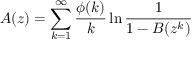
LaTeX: A ( z ) = \sum _ { k = 1 } ^ { \infty } { \frac { \phi ( k ) } { k } } \ln { \frac { 1 } { 1 - B ( z ^ { k } ) } }